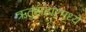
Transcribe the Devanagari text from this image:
ऋतुसंहारमध्ये